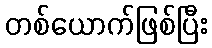
တစ်ယောက်ဖြစ်ပြီး